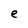
Character: e